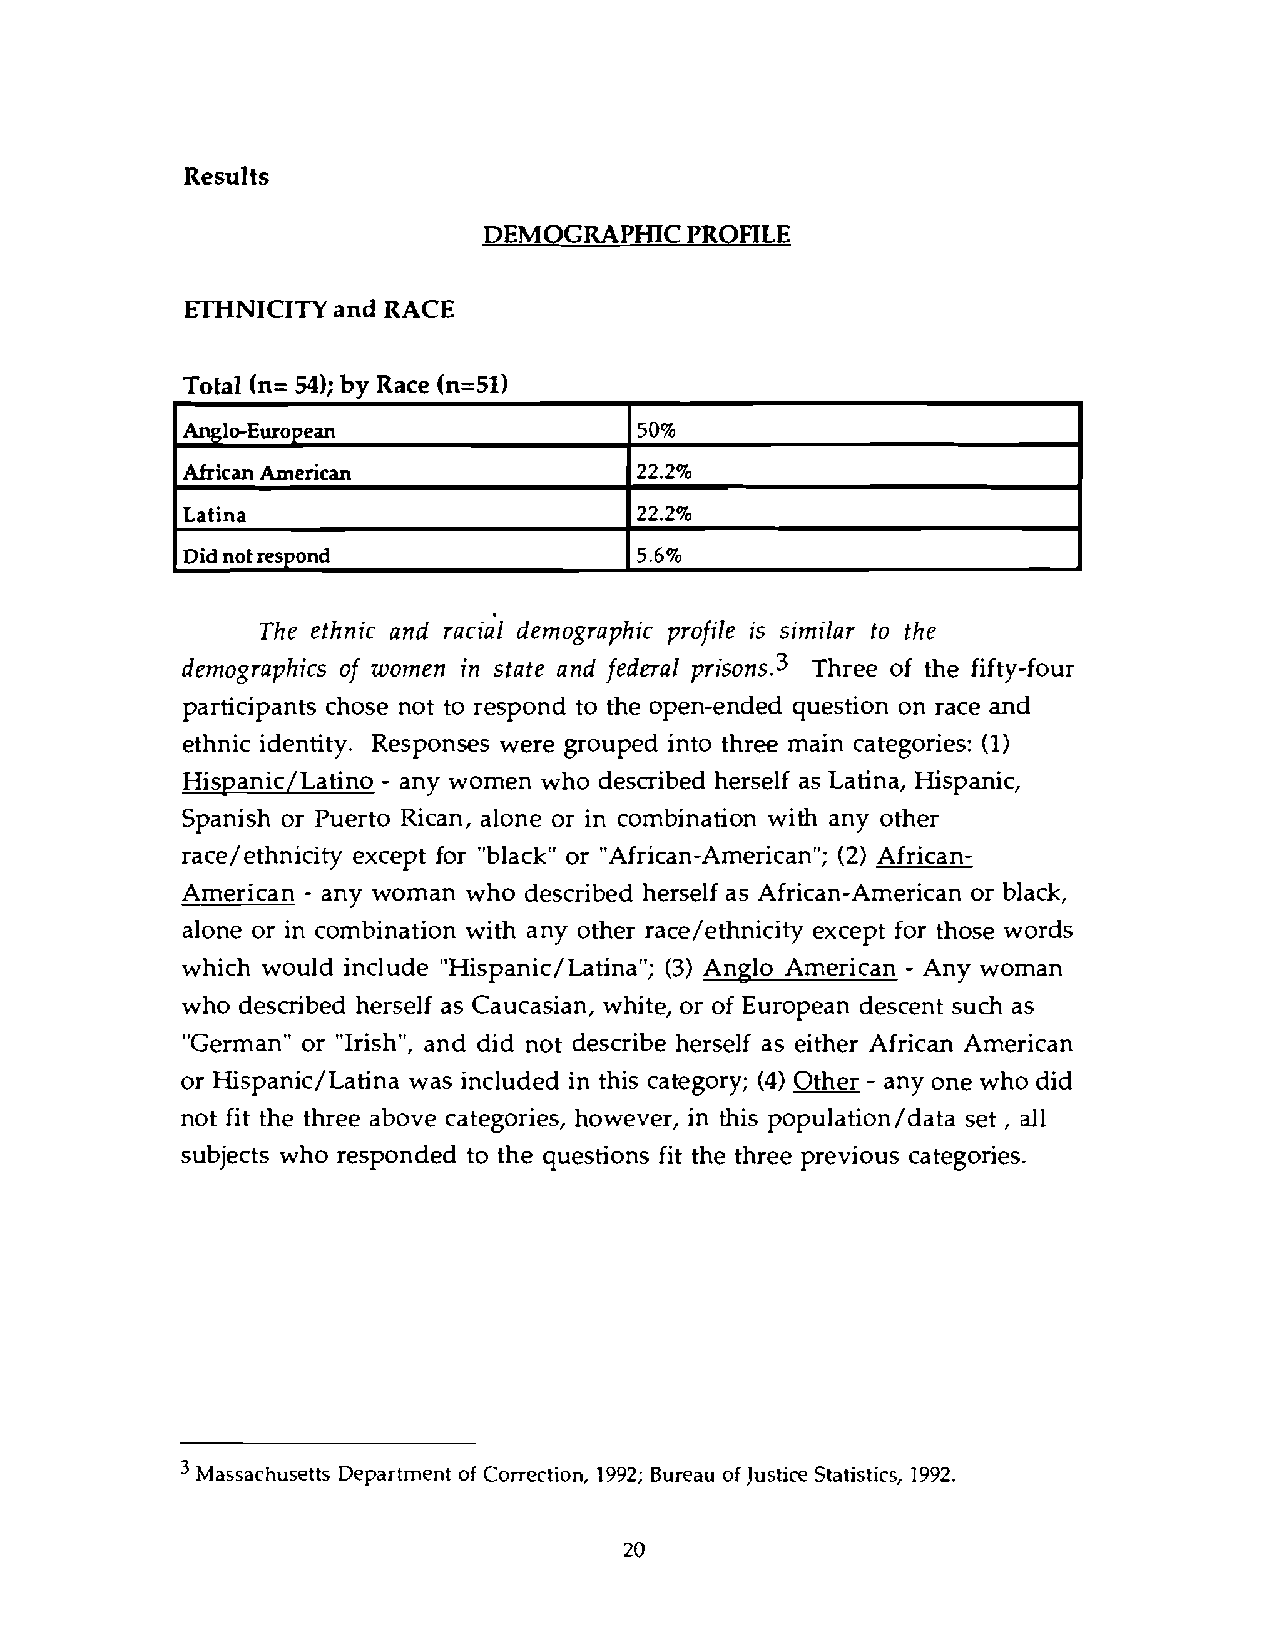
Results
 DEMOGRAPHIC  PROFILE
 ETHNICITY and RACE
 Total (n= 54); by Race (n=51)
 Anglo-European                50%
 African American              22.2%
 Latina                        22.2%
 Did not respond               5.6%
 The ethnic and racia'l demographic profile is similar to the
 demographics of women in state and federal prisons.3 Three of the fifty-four
 participants chose not to respond to the open-ended question on race and
 ethnic identity. Responses were grouped into three main categories: (1)
 Hispanic/Latino - any women who described herself as Latina, Hispanic,
 Spanish or Puerto Rican, alone or in combination with any other
 race/ethnicity except for "black" or "African-American"; (2) African-
 American - any woman who described herself as African-American or black,
 alone or in combination with any other race/ethnicity except for those words
 which would include "Hispanic/Latina"; (3) Anglo American - Any woman
 who described herself as Caucasian, white, or of European descent such as
 "German" or "Irish", and did not describe herself as either African American
 or Hispanic/Latina was included in this category; (4) Other - any one who did
 not fit the three above categories, however, in this population/data set, all
 subjects who responded to the questions fit the three previous categories.
 Massachusetts Department of Correction, 1992; Bureau of Justice Statistics, 1992.
 20